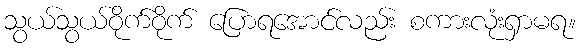
သွယ်သွယ်ဝိုက်ဝိုက် ပြောရအောင်လည်း စကားလုံးရှာမရ။